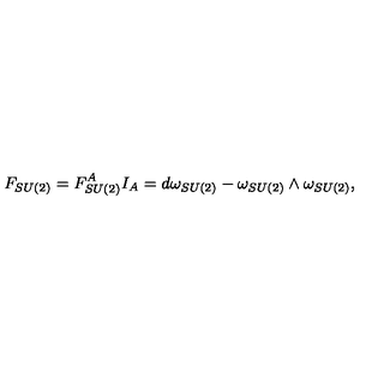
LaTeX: F _ { S U ( 2 ) } = F _ { S U ( 2 ) } ^ { A } I _ { A } = d \omega _ { S U ( 2 ) } - \omega _ { S U ( 2 ) } \wedge \omega _ { S U ( 2 ) } ,